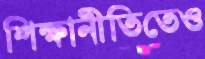
শিক্ষানীতিতেও